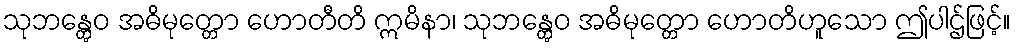
သုဘန္တွေဝ အဓိမုတ္တော ဟောတီတိ ဣမိနာ၊ သုဘန္တွေဝ အဓိမုတ္တော ဟောတိဟူသော ဤပါဌ်ဖြင့်။